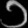
Digit: ၁